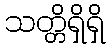
သတ္တိရှိရှိ